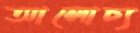
আলোচ্য